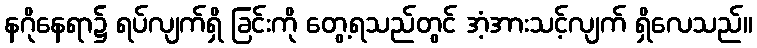
နဂိုနေရာ၌ ရပ်လျက်ရှိ ခြင်းကို တွေ့ရသည်တွင် အံ့အားသင့်လျက် ရှိလေသည်။